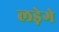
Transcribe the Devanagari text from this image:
लड़ेगे